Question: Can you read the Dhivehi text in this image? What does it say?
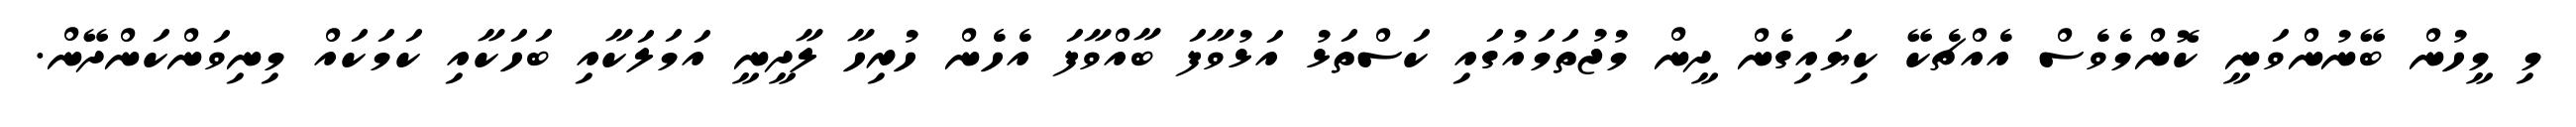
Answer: މި މީހުން ބޭނުންވަނީ ކޮންމެވެސް އެއްޗެކޭ ކިޔައިގެން ދީން މުޖުތަމައުގައި ކަސްތަޅު އަޅުވާފަ ބާއްވާފަ އެހެން ހުރިހާ ލާދީނީ އަމަލަކާއި ބަހަކާއި ކަމަކައް މިނިވަންކަންދޭން.